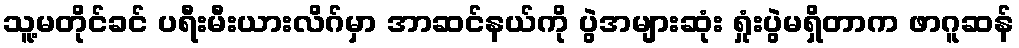
သူ့မတိုင်ခင် ပရီးမီးယားလိဂ်မှာ အာဆင်နယ်ကို ပွဲအများဆုံး ရှုံးပွဲမရှိတာက ဖာဂူဆန်